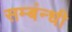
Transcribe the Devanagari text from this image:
सम्बंन्धी